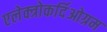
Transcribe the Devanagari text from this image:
एलेक्त्रोकर्दिओग्रम